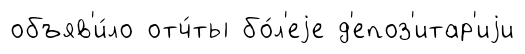
объяв'и́ло отч́ты бо́л'еjе д'епоз'итар'иjи